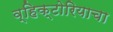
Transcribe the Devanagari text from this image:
व्हिक्टोरियाचा